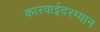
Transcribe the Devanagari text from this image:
कारवाईदरम्यान